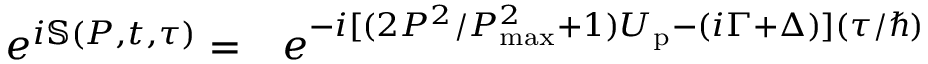
\begin{array} { r l } { e ^ { i \mathbb { S } ( P , t , \tau ) } = } & { { } e ^ { - i [ ( { 2 P ^ { 2 } } / { P _ { \mathrm { m a x } } ^ { 2 } } + 1 ) U _ { \mathrm { p } } - ( i \Gamma + \Delta ) ] ( { \tau } / { \hbar } ) } } \end{array}